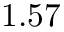
1 . 5 7